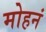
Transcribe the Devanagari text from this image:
मोहनं